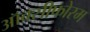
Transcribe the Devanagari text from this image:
ऑक्सीफोरम